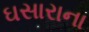
ઘસારાના